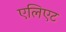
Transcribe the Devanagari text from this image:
एलिएट